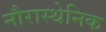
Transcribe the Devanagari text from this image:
नौरास्थेनिक